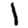
Digit: 1